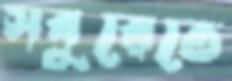
সবুরেতে